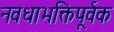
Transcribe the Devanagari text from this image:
नवधाभक्तिपूर्वक